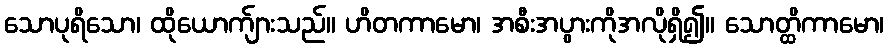
သောပုရိသော၊ ထိုယောက်ျားသည်။ ဟိတကာမော၊ အစီးအပွားကိုအလိုရှိ၍။ သောတ္ထိကာမော၊